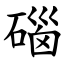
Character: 碯